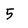
Character: 5